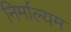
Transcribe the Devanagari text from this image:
निर्माल्यम